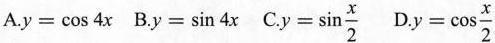
A.$$y=\cos 4x$$ B.$$y=\sin 4x$$ C.$$y= \sin \frac{x}{2}$$ D.$$y= \cos \frac{x}{2}$$